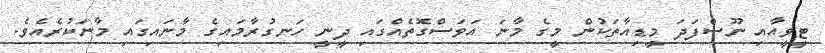
ޓީވީއާއި ނޫސްފަދަ މީޑިއާތަކުން މީގެ މާނަ އަވަސްގޮތެއްގައި ދީނީ ހަނގުރާމައިގެ މާނައިގައި މާނަކުރެއެވެ.